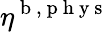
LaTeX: \eta^{\mathrm{~b~},\mathrm{~p~h~y~s~}}